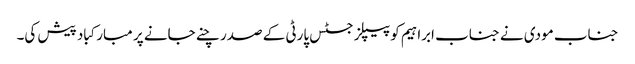
جناب مودی نے جناب ابراہیم کو پیپلز جسٹس پارٹی کے صدر چنے جانے پر مبارکباد پیش کی۔